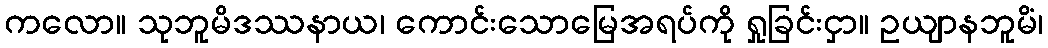
ကလော။ သုဘူမိဒဿနာယ၊ ကောင်းသောမြေအရပ်ကို ရှုခြင်းငှာ။ ဥယျာနဘူမိံ၊